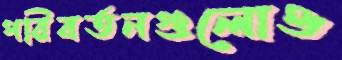
পরিবর্তনগুলোও